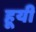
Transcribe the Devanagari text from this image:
हूयी